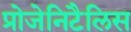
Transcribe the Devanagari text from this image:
प्रोजेनिटैलिस